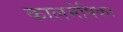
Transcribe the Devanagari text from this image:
कालमेषिका